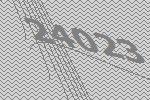
24023